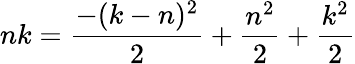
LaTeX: nk={\frac{-(k-n)^{2}}{2}}+{\frac{n^{2}}{2}}+{\frac{k^{2}}{2}}